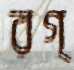
রগ্